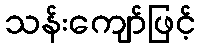
သန်းကျော်ဖြင့်